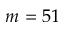
m = 5 1